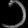
Digit: ၁